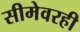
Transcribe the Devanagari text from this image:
सीमेवरही